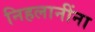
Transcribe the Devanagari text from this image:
निहलानींना